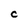
Character: C